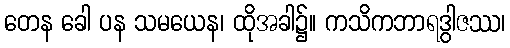
တေန ခေါ ပန သမယေန၊ ထိုအခါ၌။ ကသိကဘာရဒွါဇဿ၊